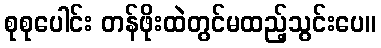
စုစုပေါင်း တန်ဖိုးထဲတွင်မထည့်သွင်းပေ။